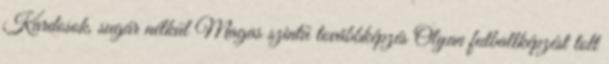
Kardosok, sugár nélkül Magas szintű továbbképzés Olyan futballképzést tolt